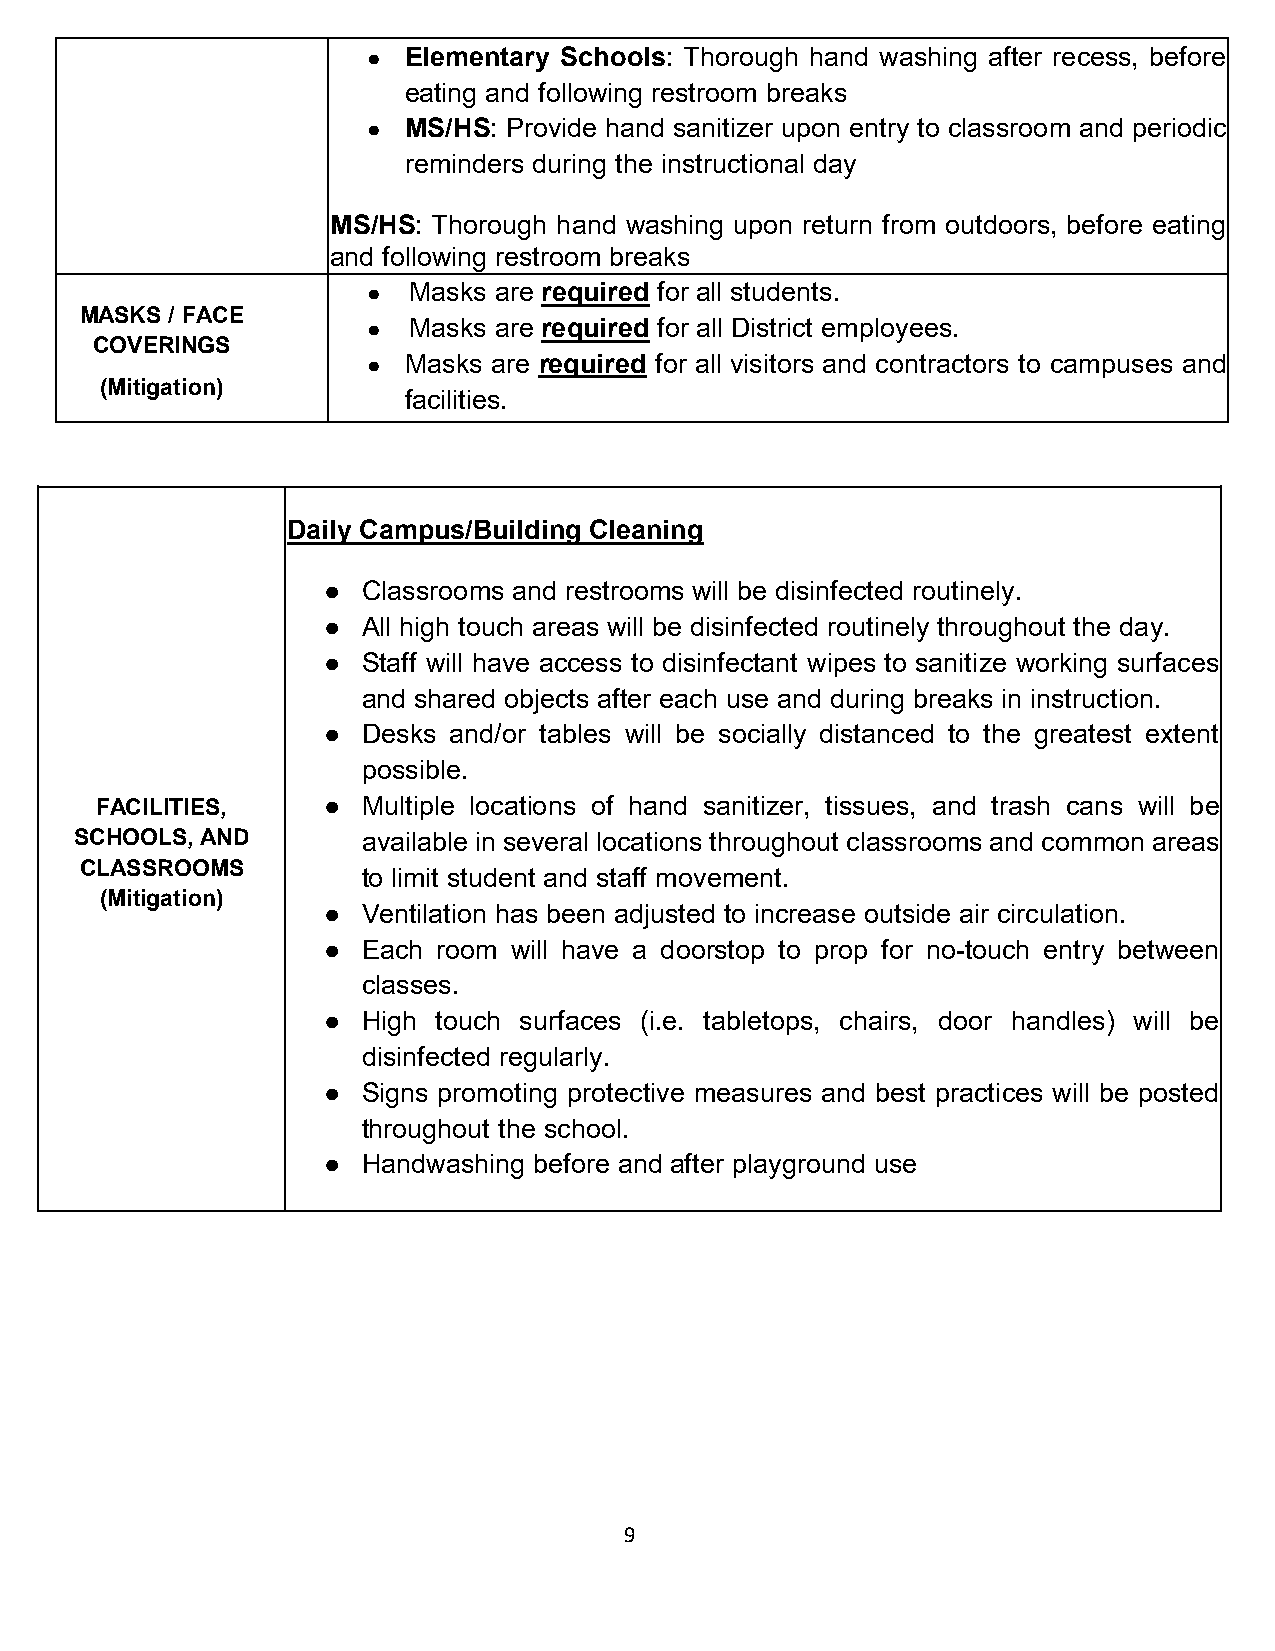
●  Elementary Schools: Thorough hand washing after recess, before
 eating and following restroom breaks
 ●  MS/HS: Provide hand sanitizer upon entry to classroom and periodic
 reminders during the instructional day
 MS/HS: Thorough hand washing upon return from outdoors, before eating
 and following restroom breaks
 ●  Masks are required for all students.
 MASKS / FACE
 ●  Masks are required for all District employees.
 COVERINGS
 ●  Masks are required for all visitors and contractors to campuses and
 (Mitigation)
 facilities.
 Daily Campus/Building Cleaning
 ●  Classrooms and restrooms will be disinfected routinely.
 ●  All high touch areas will be disinfected routinely throughout the day.
 ●  Staff will have access to disinfectant wipes to sanitize working surfaces
 and shared objects after each use and during breaks in instruction.
 ●  Desks and/or tables will be socially distanced to the greatest extent
 possible.
 FACILITIES,    ●  Multiple locations of hand sanitizer, tissues, and trash cans will be
 SCHOOLS, AND       available in several locations throughout classrooms and common areas
 CLASSROOMS
 to limit student and staff movement.
 (Mitigation)
 ●  Ventilation has been adjusted to increase outside air circulation.
 ●  Each room will have a doorstop to prop for no-touch entry between
 classes.
 ●  High touch surfaces (i.e. tabletops, chairs, door handles) will be
 disinfected regularly.
 ●  Signs promoting protective measures and best practices will be posted
 throughout the school.
 ●  Handwashing before and after playground use
 9